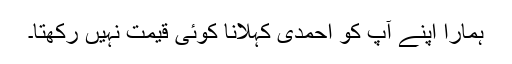
ہمارا اپنے آپ کو احمدی کہلانا کوئی قیمت نہیں رکھتا۔